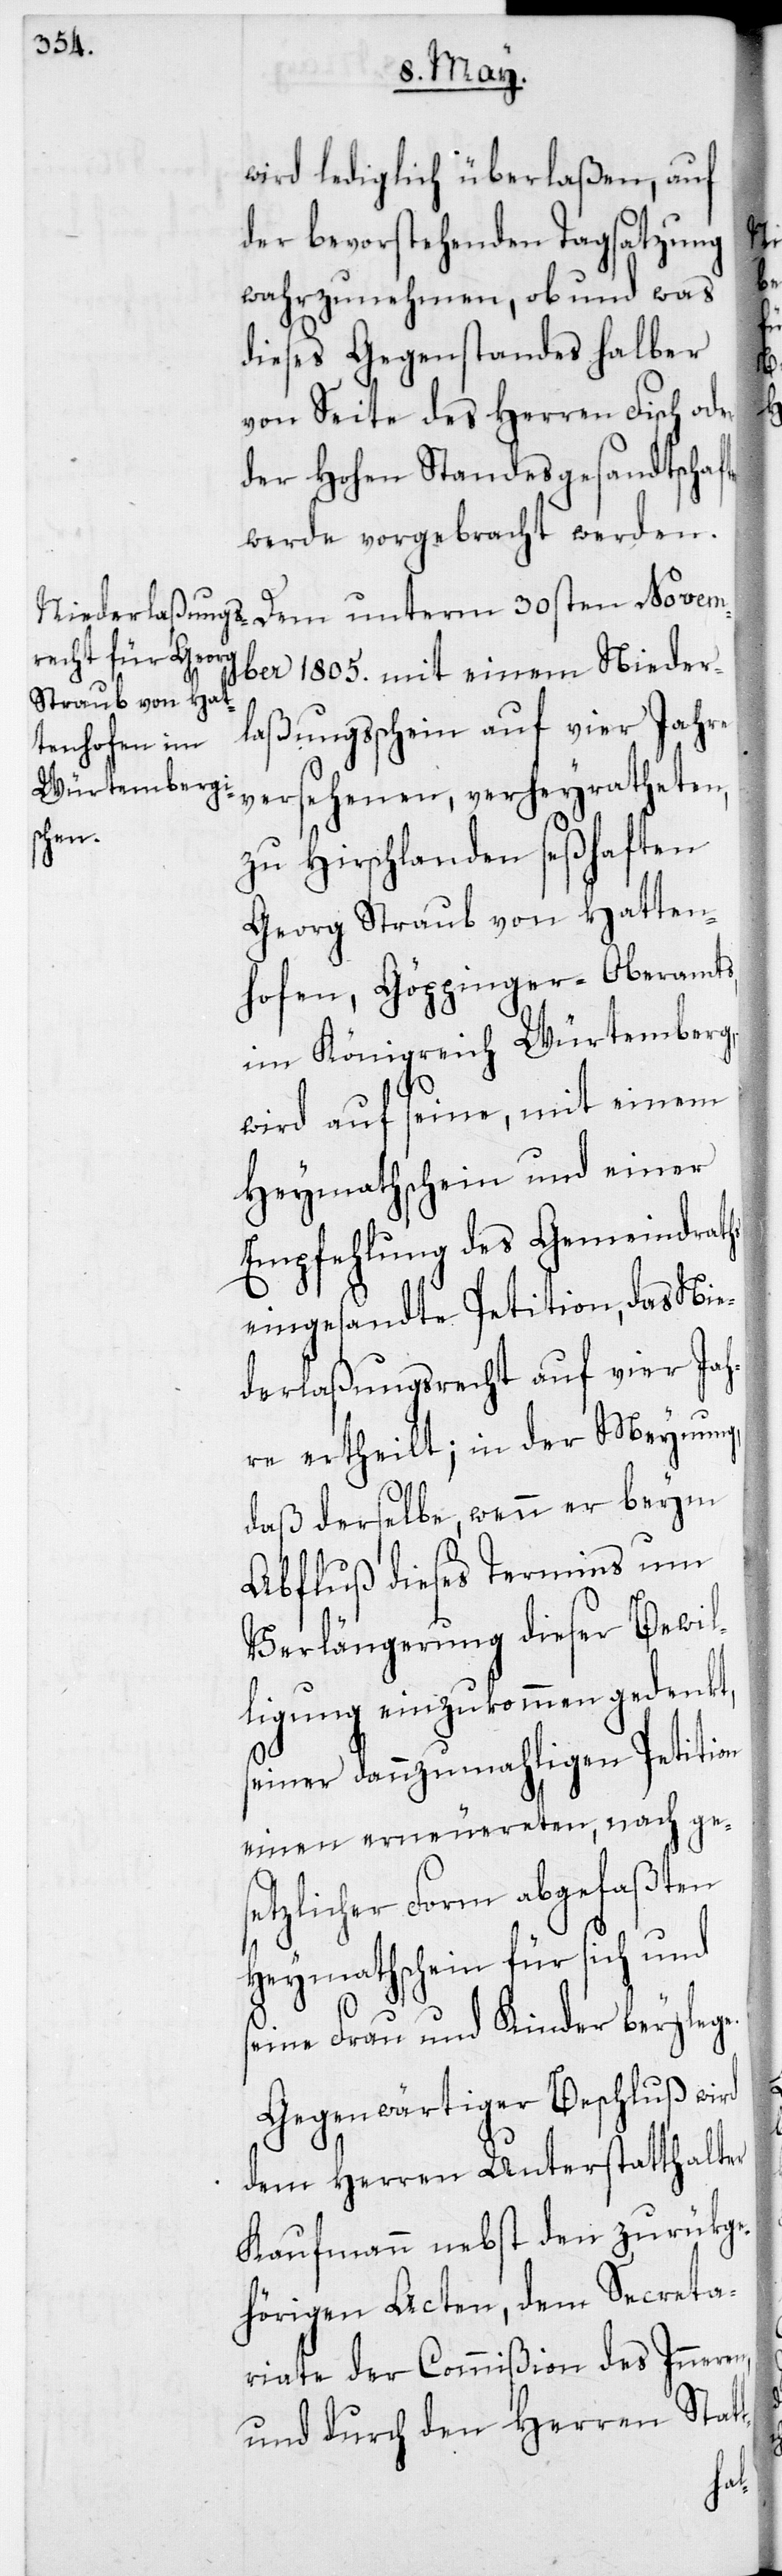
wird lediglich überlaßen, auf
der bevorstehenden Tagsatzung
wahrzunehmen, ob und was
dieses Gegenstandes halber
von Seite des Herren Fisch oder
der Hohen Standesgesandtschaft¬
werde vorgebracht werden.
ber 1805. mit einem Nieder¬
laßungsschein auf vier Jahre
versehenen, verheyratheten,
zu Hirschlanden seßhaften
Georg Straub von Hatten¬
hofen, Göppinger-Oberamts,
im Königreich Würtemberg,
wird auf seine, mit einem
Heymathschein und einer
Empfehlung des Gemeindraths
eingesandte Petition, das Nie¬
derlaßungsrecht auf vier Jah¬
re ertheilt; in der Meynung,
daß derselbe, wenn er beym
Abfluß dieses Termins um
Verlängerung dieser Bewil¬
ligung einzukommen gedenkt,
seiner dannzumahligen Petition
einen erneuereten, nach ge¬
setzlicher Form abgefaßten
Heymathschein für sich und
seine Frau und Kinder beylege.
Gegenwärtiger Beschluß wird
dem Herren Unterstatthalter
Kaufmann nebst den zurükge¬
hörigen Acten, dem Sectreta¬
riate der Commißion des Inneren,
und durch den Herren Stat¬
t-